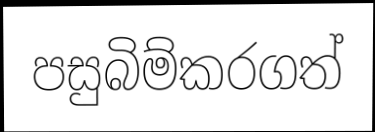
පසුබිම්කරගත්